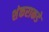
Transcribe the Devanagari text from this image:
शंकराकडे